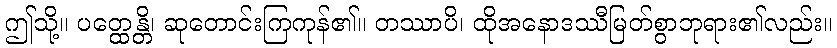
ဤသို့။ ပတ္ထေန္တိ၊ ဆုတောင်းကြကုန်၏။ တဿာပိ၊ ထိုအနောဒဿီမြတ်စွာဘုရား၏လည်း။